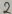
Text: 2